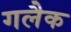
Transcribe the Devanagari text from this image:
गलैक